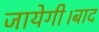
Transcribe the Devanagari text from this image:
जायेगी।बाद